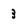
Character: 3